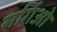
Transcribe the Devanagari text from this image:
सर्गिओ